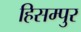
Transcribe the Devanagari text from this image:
हिसम्पुर